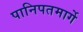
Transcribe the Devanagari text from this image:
पानिपतमार्गे